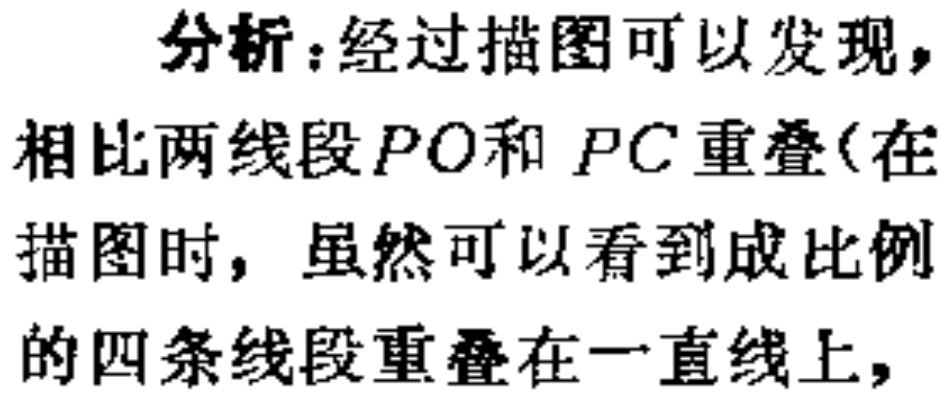
分析：经过描图可以发现，
相比两线段\(PO\)和 \(PC\)重叠(在
描图时，虽然可以看到成比例
的四条线段重叠在一直线上，